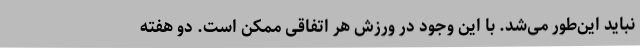
نباید این‌طور می‌شد. با این‌ وجود در ورزش هر اتفاقی ممکن است. دو هفته